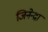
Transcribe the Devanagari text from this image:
जिनेन्द्रा